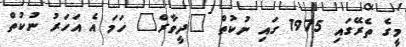
މީގެ ތެރޭގައި 1975 ގައި ނުކުތް "ދީވާރް" ހަމަ އެ އަހަރު ނުކުތް